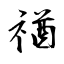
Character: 禉